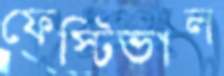
ফেস্টিভাল